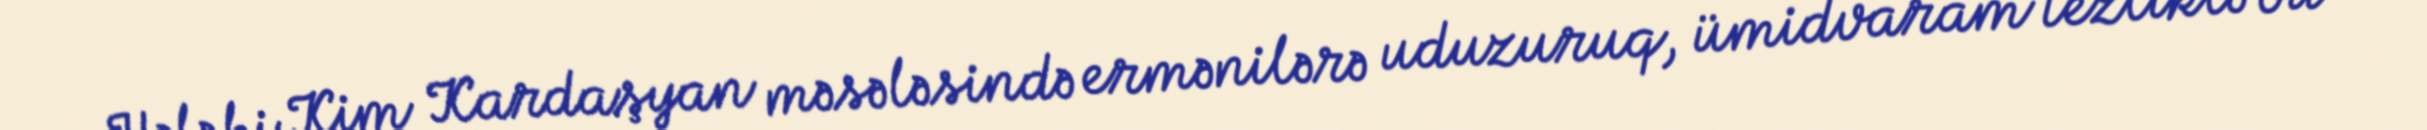
Hələ ki Kim Kardaşyan məsələsində ermənilərə uduzuruq, ümidvaram tezliklə bu